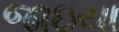
જાઇયા